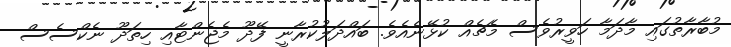
މުބާރާތުގައި މާދަމާ ހަވީރުވެސް މެޗެއް ކުޅޭނެއެވެ. ބައްދަލުކުރާނީ ފޭދޫ މެޖެންޓާއި ހިތަދޫ ނެކްސެސް